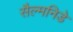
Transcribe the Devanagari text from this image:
सैल्मनिडे